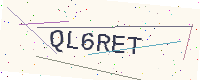
Text: QL6RET